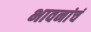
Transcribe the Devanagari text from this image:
भावनांचं